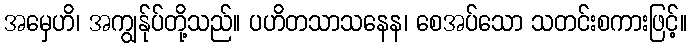
အမှေဟိ၊ အကျွန်ုပ်တို့သည်။ ပဟိတသာသနေန၊ စေအပ်သော သတင်းစကားဖြင့်။